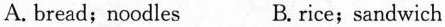
A. bread;noodles B. rice;sandwich